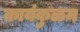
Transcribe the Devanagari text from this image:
कायंकुळम